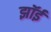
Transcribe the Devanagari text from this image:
झॉई